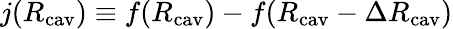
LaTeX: j(R_{\mathrm{cav}})\equiv f(R_{\mathrm{cav}})-f(R_{\mathrm{cav}}-\Delta R_{\mathrm{cav}})